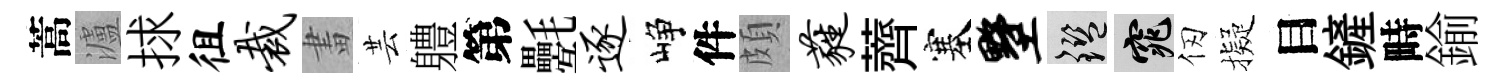
蒿瀘捄徂裁畫芸軆第氎逐峥件頗蕤薺塞墅鑒窕仞擬目鏟畤鍮